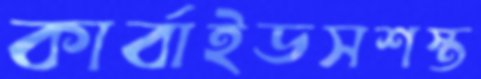
কার্বাইডসশস্ত